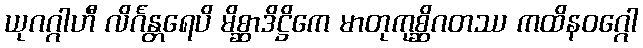
ယုဂဂ္ဂါဟီ လိင်္ဂန္တရေပိ မိစ္ဆာဒိဋ္ဌိကေ မာတုကုစ္ဆိဂတဿ ကထိနဝဂ္ဂေါ